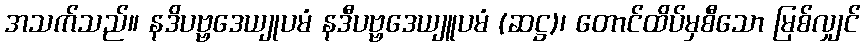
အသက်သည်။ နဒိပဗ္ဗဒေယျုပမံ နဒီပဗ္ဗဒေယျူပမံ (ဆဋ္ဌ)၊ တောင်ထိပ်မှစီသော မြစ်လျှင်